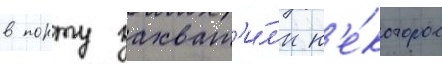
в порту захват'и́л'и н'е́которое